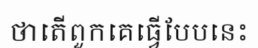
ថាតើពួកគេធ្វើបែបនេះ